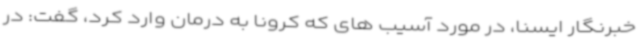
خبرنگار ایسنا، در مورد آسیب های که کرونا به درمان وارد کرد، گفت: در